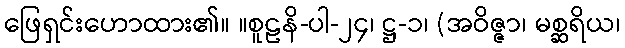
ဖြေရှင်းဟောထား၏။ ။စူဠနိ-ပါ-၂၄၊ ဋ္ဌ-၁၊ (အဝိဇ္ဇာ၊ မစ္ဆရိယ၊